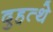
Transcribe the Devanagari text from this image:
दुहत्थे